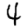
Digit: 4